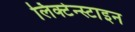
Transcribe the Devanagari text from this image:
लिक्टेन्स्टाइन